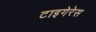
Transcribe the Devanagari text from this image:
टाइगेरेस